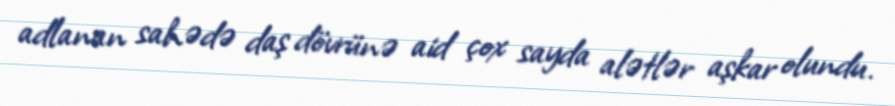
adlanan sahədə daş dövrünə aid çox sayda alətlər aşkar olundu.